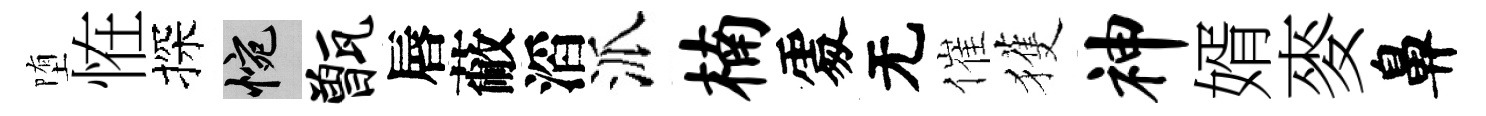
堕恠探惋甑唇蔽滔派楠𠁅无催獲神婿麥鼻